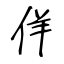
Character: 佯